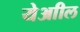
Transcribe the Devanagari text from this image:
येआील